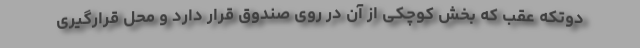
دوتکه عقب که بخش کوچکی از آن در روی صندوق قرار دارد و محل قرار‌گیری